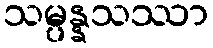
သမ္ပန္နသဿာ